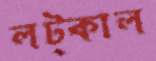
লট্‌কাল